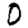
Digit: 0